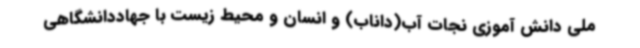
ملی دانش آموزی نجات آب(داناب) و انسان و محیط زیست با جهاددانشگاهی